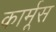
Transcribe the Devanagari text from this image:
कार्मूस